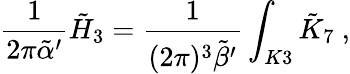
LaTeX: \frac{1}{2\pi{\tilde{\alpha}}^{\prime}}{\tilde{H}}_{3}=\frac{1}{(2\pi)^{3}{\tilde{\beta}}^{\prime}}\int_{K3}{\tilde{K}}_{7}\ ,